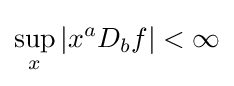
\sup _{x}\left|x^{a}D_{b}f\right|<\infty